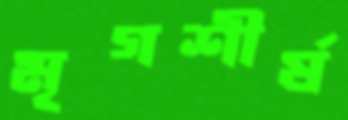
মৃগশীর্ষ